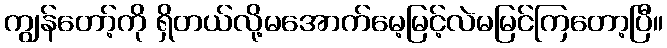
ကျွန်တော့်ကို ရှိတယ်လို့မအောက်မေ့မြင့်လဲမမြင်ကြတော့ပြီ။